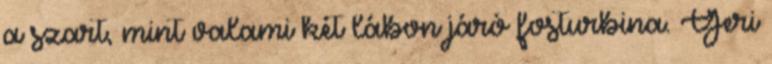
a szart, mint valami két lábon járó fosturbina. Geri